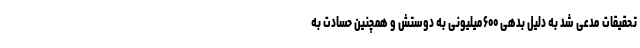
تحقیقات مدعی شد به دلیل بدهی ۶۰۰میلیونی به دوستش و همچنین حسادت به